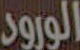
الورود